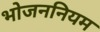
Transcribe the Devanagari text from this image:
भोजननियम